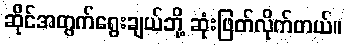
ဆိုင်အတွက်ရွေးချယ်ဘို့ ဆုံးဖြတ်လိုက်တယ်။